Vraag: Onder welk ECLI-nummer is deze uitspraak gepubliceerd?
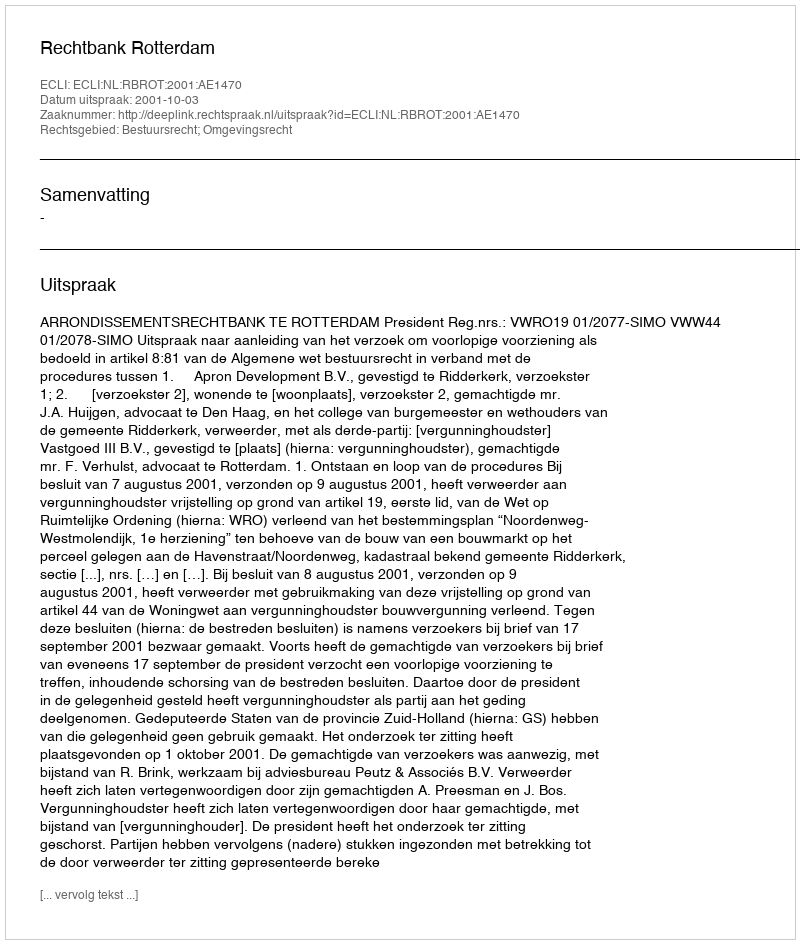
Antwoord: ECLI:NL:RBROT:2001:AE1470